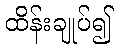
ထိန်းချုပ်၍